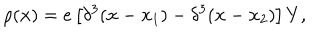
\rho ( { \bf x } ) = e \left[ \delta ^ { 3 } ( { \bf x } - { \bf x _ { \mathrm { 1 } } } ) - \delta ^ { 3 } ( { \bf x } - { \bf x _ { \mathrm { 2 } } } ) \right] Y ,